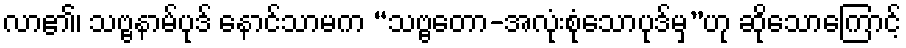
လာ၏၊ သဗ္ဗနာမ်ပုဒ် နောင်သာမက “သဗ္ဗတော-အလုံးစုံသောပုဒ်မှ”ဟု ဆိုသောကြောင့်